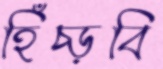
হিঁচ্‌ড়বি